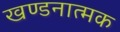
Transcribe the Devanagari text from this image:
खण्डनात्मक